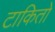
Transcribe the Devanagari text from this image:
टाकितो